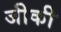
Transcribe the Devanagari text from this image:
जीकी